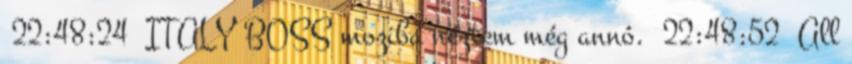
22:48:24 ITALY BOSS moziba néztem még annó. 22:48:52 All